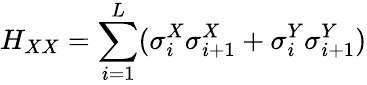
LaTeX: H_{XX}=\sum_{i=1}^{L}(\sigma_{i}^{X}\sigma_{i+1}^{X}+\sigma_{i}^{Y}\sigma_{i+1}^{Y})